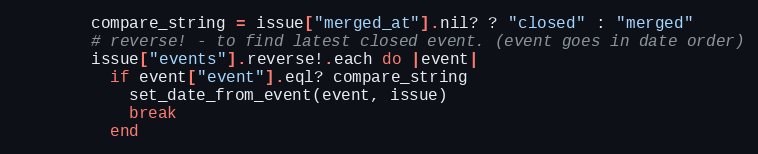
Language: Ruby
        compare_string = issue["merged_at"].nil? ? "closed" : "merged"
        # reverse! - to find latest closed event. (event goes in date order)
        issue["events"].reverse!.each do |event|
          if event["event"].eql? compare_string
            set_date_from_event(event, issue)
            break
          end